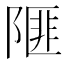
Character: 𨻃